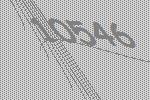
10546